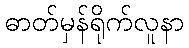
ဓာတ်မှန်ရိုက်လူနာ